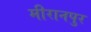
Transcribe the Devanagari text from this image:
मीरानपुर